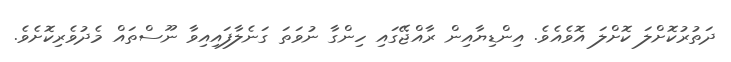
ދަތުރުކޮށްލަ ކޮށްލަ އޮވެއެވެ. އިންޑިޔާއިން ރާއްޖޭގައި ހިންގާ ނުވަތަ ގަނެލާފައިއިވާ ނޫސްތައް މެދުވެރިކޮށެވެ.